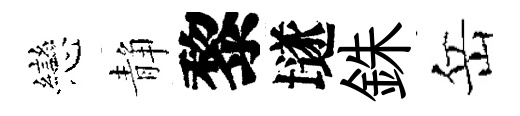
戀静黎𡑞銖岳